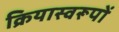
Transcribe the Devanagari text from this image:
क्रियास्वरूपों